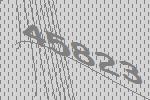
45823